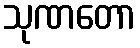
သုဏတော